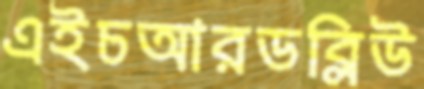
এইচআরডব্লিউ